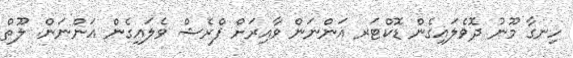
ހިނގާ މޫނު ދޮވެލައިގެން ޑޮކްޓަރ އަންނަން ވާއިރަށް ފްރެޝް ވެލައިގެން އަންނަން. ލޫތް